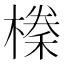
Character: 𭫰